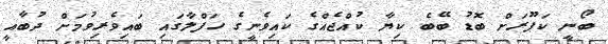
ބޯނީ ކަޕޫރަށް ބޮޑު ބޭބެ ކިޔާ ކުއްޖެއްގެ ކައިވެނީގެ ހަފްލާގައި ބައިވެރިވުމަށް ދުބާއީ